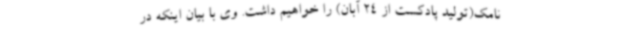
نامک(تولید پادکست از 24 آبان) را خواهیم داشت. وی با بیان اینکه در